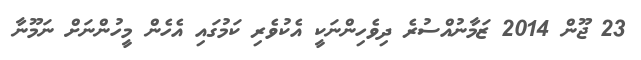
23 ޖޫން 2014 ޒަމާނުއްސުރެ ދިވެހިންނަކީ އެކުވެރި ކަމުގައި އެހެން މީހުންނަށް ނަމޫނާ